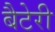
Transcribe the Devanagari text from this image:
बैटेरी